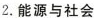
2.能源与社会